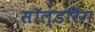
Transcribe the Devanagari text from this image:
सॉल्डरिंग